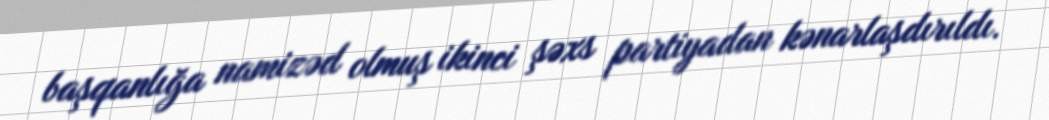
başqanlığa namizəd olmuş ikinci şəxs partiyadan kənarlaşdırıldı.